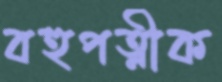
বহুপত্নীক